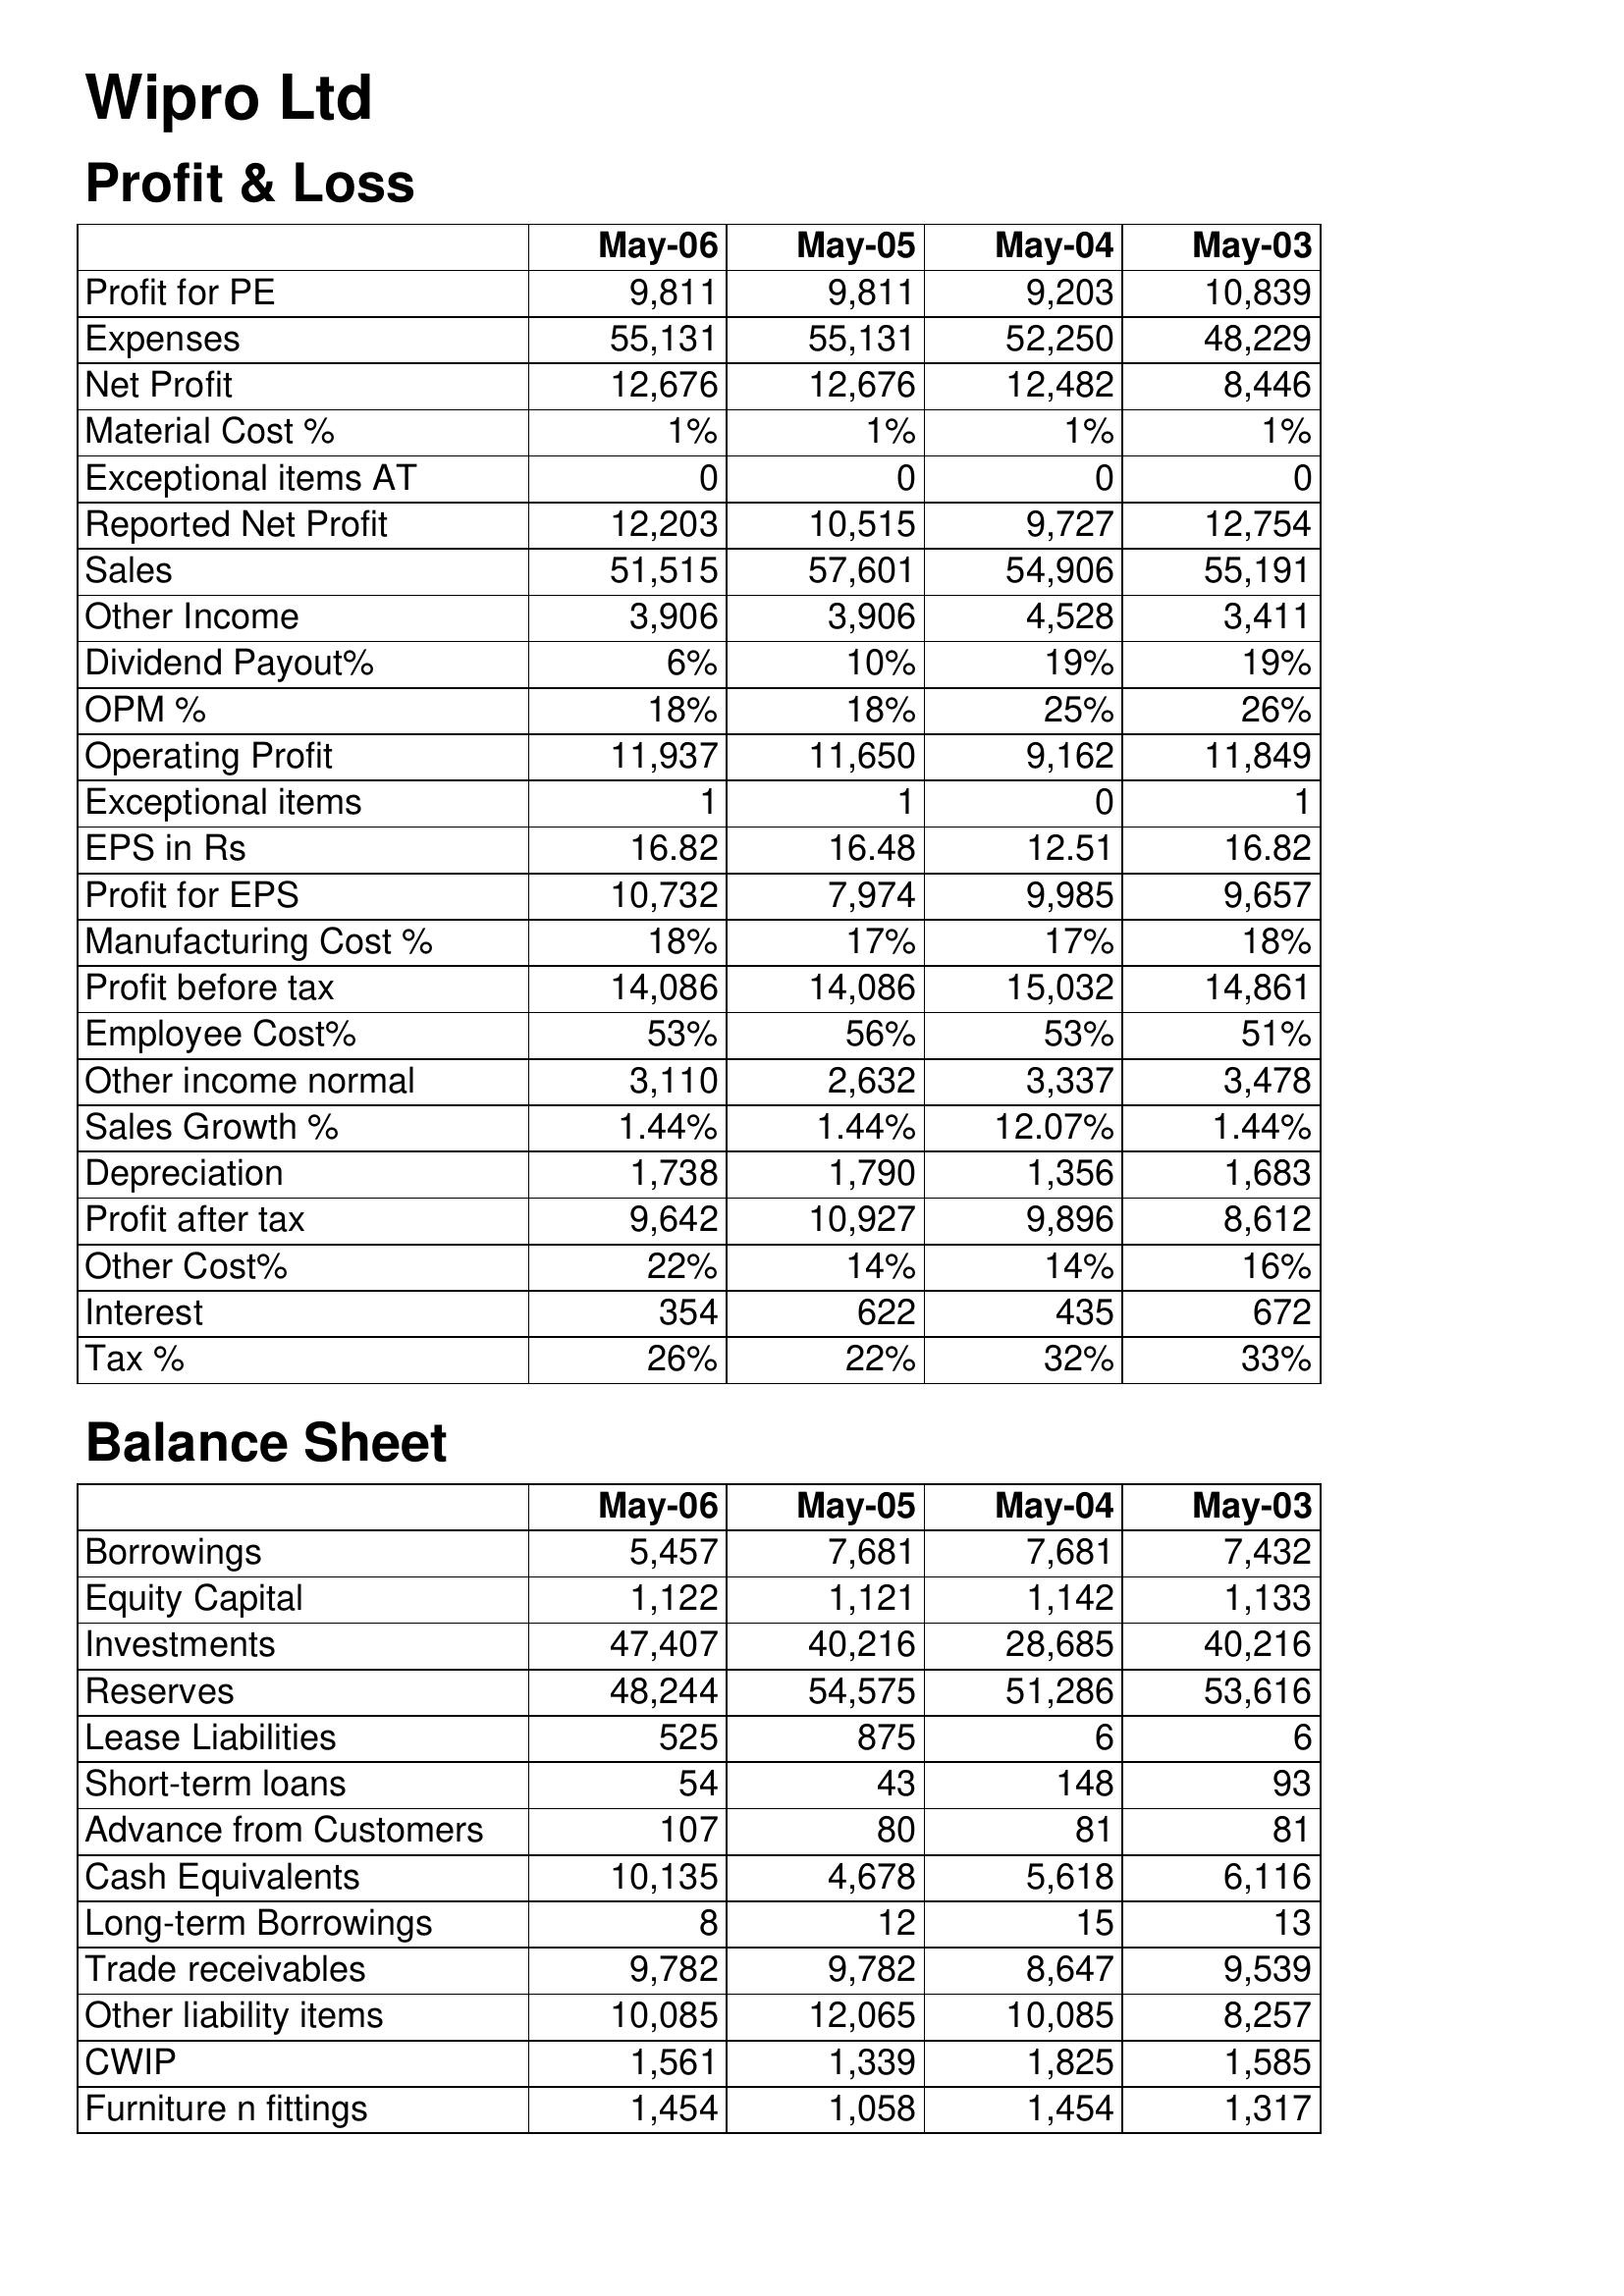
May-06: Profit & Loss: Profit for PE: 9,811
Expenses: 55,131
Net Profit: 12,676
Material Cost %: 1%
Exceptional items AT: 0
Reported Net Profit: 12,203
Sales: 51,515
Other Income: 3,906
Dividend Payout%: 6%
OPM %: 18%
Operating Profit: 11,937
Exceptional items: 1
EPS in Rs: 16.82
Profit for EPS: 10,732
Manufacturing Cost %: 18%
Profit before tax: 14,086
Employee Cost%: 53%
Other income normal: 3,110
Sales Growth %: 1.44%
Depreciation: 1,738
Profit after tax: 9,642
Other Cost%: 22%
Interest: 354
Tax %: 26%
Balance Sheet: Borrowings: 5,457
Equity Capital: 1,122
Investments: 47,407
Reserves: 48,244
Lease Liabilities: 525
Short-term loans: 54
Advance from Customers: 107
Cash Equivalents: 10,135
Long-term Borrowings: 8
Trade receivables: 9,782
Other liability items: 10,085
CWIP: 1,561
Furniture n fittings: 1,454
May-05: Profit & Loss: Profit for PE: 9,811
Expenses: 55,131
Net Profit: 12,676
Material Cost %: 1%
Exceptional items AT: 0
Reported Net Profit: 10,515
Sales: 57,601
Other Income: 3,906
Dividend Payout%: 10%
OPM %: 18%
Operating Profit: 11,650
Exceptional items: 1
EPS in Rs: 16.48
Profit for EPS: 7,974
Manufacturing Cost %: 17%
Profit before tax: 14,086
Employee Cost%: 56%
Other income normal: 2,632
Sales Growth %: 1.44%
Depreciation: 1,790
Profit after tax: 10,927
Other Cost%: 14%
Interest: 622
Tax %: 22%
Balance Sheet: Borrowings: 7,681
Equity Capital: 1,121
Investments: 40,216
Reserves: 54,575
Lease Liabilities: 875
Short-term loans: 43
Advance from Customers: 80
Cash Equivalents: 4,678
Long-term Borrowings: 12
Trade receivables: 9,782
Other liability items: 12,065
CWIP: 1,339
Furniture n fittings: 1,058
May-04: Profit & Loss: Profit for PE: 9,203
Expenses: 52,250
Net Profit: 12,482
Material Cost %: 1%
Exceptional items AT: 0
Reported Net Profit: 9,727
Sales: 54,906
Other Income: 4,528
Dividend Payout%: 19%
OPM %: 25%
Operating Profit: 9,162
Exceptional items: 0
EPS in Rs: 12.51
Profit for EPS: 9,985
Manufacturing Cost %: 17%
Profit before tax: 15,032
Employee Cost%: 53%
Other income normal: 3,337
Sales Growth %: 12.07%
Depreciation: 1,356
Profit after tax: 9,896
Other Cost%: 14%
Interest: 435
Tax %: 32%
Balance Sheet: Borrowings: 7,681
Equity Capital: 1,142
Investments: 28,685
Reserves: 51,286
Lease Liabilities: 6
Short-term loans: 148
Advance from Customers: 81
Cash Equivalents: 5,618
Long-term Borrowings: 15
Trade receivables: 8,647
Other liability items: 10,085
CWIP: 1,825
Furniture n fittings: 1,454
May-03: Profit & Loss: Profit for PE: 10,839
Expenses: 48,229
Net Profit: 8,446
Material Cost %: 1%
Exceptional items AT: 0
Reported Net Profit: 12,754
Sales: 55,191
Other Income: 3,411
Dividend Payout%: 19%
OPM %: 26%
Operating Profit: 11,849
Exceptional items: 1
EPS in Rs: 16.82
Profit for EPS: 9,657
Manufacturing Cost %: 18%
Profit before tax: 14,861
Employee Cost%: 51%
Other income normal: 3,478
Sales Growth %: 1.44%
Depreciation: 1,683
Profit after tax: 8,612
Other Cost%: 16%
Interest: 672
Tax %: 33%
Balance Sheet: Borrowings: 7,432
Equity Capital: 1,133
Investments: 40,216
Reserves: 53,616
Lease Liabilities: 6
Short-term loans: 93
Advance from Customers: 81
Cash Equivalents: 6,116
Long-term Borrowings: 13
Trade receivables: 9,539
Other liability items: 8,257
CWIP: 1,585
Furniture n fittings: 1,317